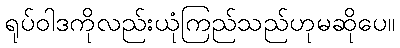
ရုပ်ဝါဒကိုလည်းယုံကြည်သည်ဟုမဆိုပေ။